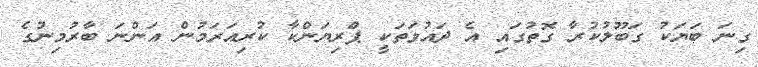
ގިނަ ބަޔަކު ގަބޫލުކުރާ ގޮތުގައި އެ ދައުވަތަކީ ޕްރިޔަންކާ ކުރިއަރަމުން އަންނަ ބާރުމިނުގެ